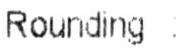
ROUNDING :